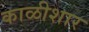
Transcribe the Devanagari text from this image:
काळीशार